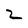
Character: 2